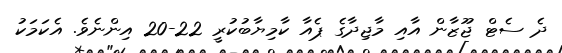
ދެ ސެޓް ޖޫޒާން އާއި މާޖިދާގެ ޕެއާ ކާމިޔާބުކުރީ 22-20 އިންނެވެ. އެކަމަކު